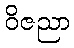
ဝိဇညာ